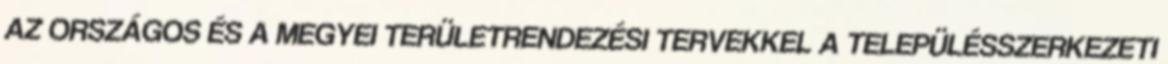
AZ ORSZÁGOS ÉS A MEGYEI TERÜLETRENDEZÉSI TERVEKKEL A TELEPÜLÉSSZERKEZETI